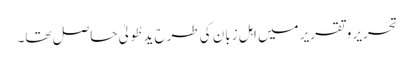
تحریر و تقریر میں اہلِ زبان کی طرح یدِ طُولیٰ حاصل تھا۔